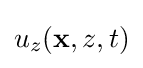
u_{z}(\mathbf {x} ,z,t)